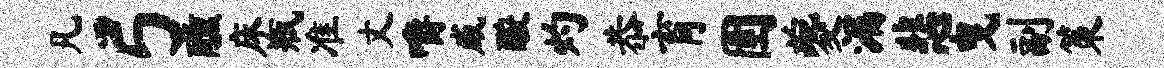
凡弓醺床瓶准丈嚼威酸灼恭育圉夔漏悲曳副策